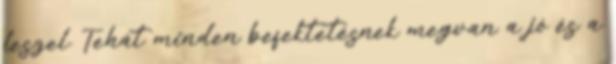
leszel. Tehát minden befektetésnek megvan a jó és a